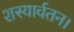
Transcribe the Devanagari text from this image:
शस्यार्वतन।